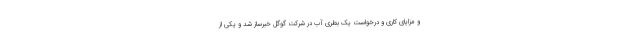
و مزایای کاری و درخواست یک بطری آب در شرکت گوگل خبرساز شد و یکی از